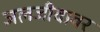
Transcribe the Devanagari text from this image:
जलजीवावर